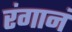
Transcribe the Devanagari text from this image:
रंगानं